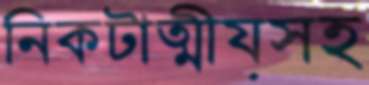
নিকটাত্মীয়সহ